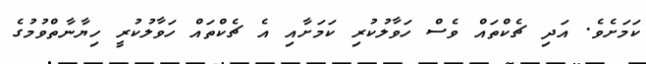
ކަމަށެވެ. އަދި ޗެކްތައް ވެސް ހަވާލުކުރި ކަމަށާއި އެ ޗެކްތައް ހަވާލުކުރީ ހިޔާނާތްވުމުގެ